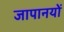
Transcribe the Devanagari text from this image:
जापानयों